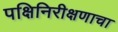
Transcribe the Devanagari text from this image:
पक्षिनिरीक्षणाचा